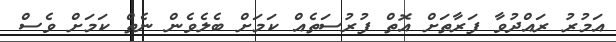
އަމުރު ރައްދުވާ ފަރާތަށް އޮތް ފުރުސަތެއް ކަމަށް ބެލެވެން ނެތް ކަމަށް ވެސް